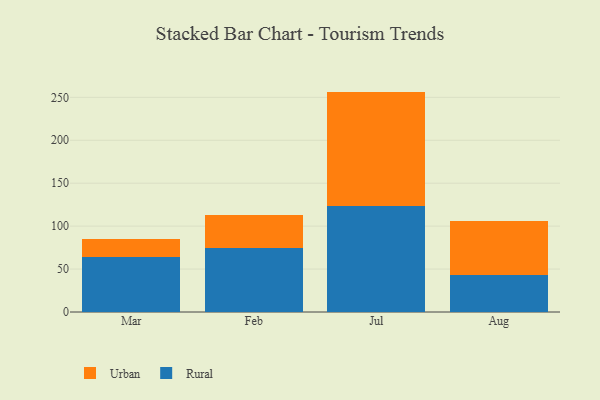
{"axis": {"x": "Month", "y": "Active Users"}, "legend": ["Rural", "Urban"], "data": [{"x": "Mar", "y": 63.5, "type": "Rural"}, {"x": "Mar", "y": 21.9, "type": "Urban"}, {"x": "Feb", "y": 74.9, "type": "Rural"}, {"x": "Feb", "y": 38.5, "type": "Urban"}, {"x": "Jul", "y": 123.0, "type": "Rural"}, {"x": "Jul", "y": 133.7, "type": "Urban"}, {"x": "Aug", "y": 43.6, "type": "Rural"}, {"x": "Aug", "y": 62.5, "type": "Urban"}]}